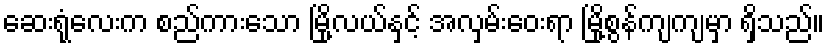
ဆေးရုံလေးက စည်ကားသော မြို့လယ်နှင့် အလှမ်းဝေးရာ မြို့စွန်ကျကျမှာ ရှိသည်။